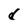
Character: d